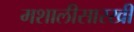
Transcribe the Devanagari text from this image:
मशालीसारखी